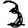
Digit: 3